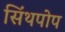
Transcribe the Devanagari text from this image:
सिंथपोप